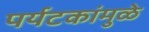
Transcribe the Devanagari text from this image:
पर्यटकांमुळे